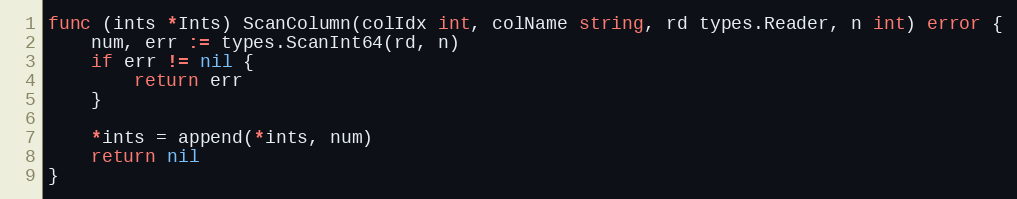
Language: Go
func (ints *Ints) ScanColumn(colIdx int, colName string, rd types.Reader, n int) error {
	num, err := types.ScanInt64(rd, n)
	if err != nil {
		return err
	}

	*ints = append(*ints, num)
	return nil
}